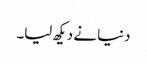
دنیا نے دیکھ لیا۔